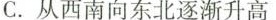
C.从西南向东北逐渐升高